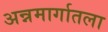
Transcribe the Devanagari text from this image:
अन्नमार्गातला